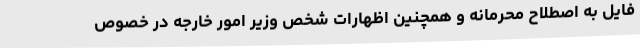
فایل به اصطلاح محرمانه و همچنین اظهارات شخص وزیر امور خارجه در خصوص